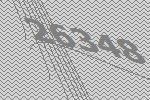
26348